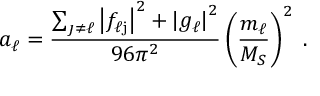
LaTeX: a _ { \ell } = \frac { \sum _ { \j \neq \ell } \left| f _ { \ell \mathrm j } \right| ^ { 2 } + \left| g _ { \ell } \right| ^ { 2 } } { 9 6 \pi ^ { 2 } } \left( \frac { m _ { \ell } } { M _ { S } } \right) ^ { 2 } \; .